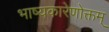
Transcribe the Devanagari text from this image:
भाष्यकारेणोक्तम्